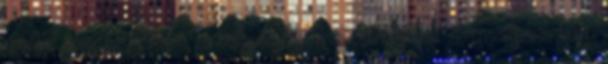
mobile rendszer lesz, rendesen fog működni, tehát normalisan megy